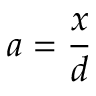
a = { \frac { x } { d } }